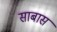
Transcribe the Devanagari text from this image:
साबास